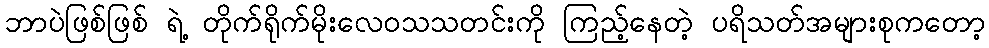
ဘာပဲဖြစ်ဖြစ် ရဲ့ တိုက်ရိုက်မိုးလေဝသသတင်းကို ကြည့်နေတဲ့ ပရိသတ်အများစုကတော့